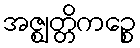
အဇ္ဈတ္တိကဉ္စေ